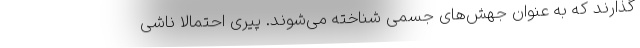
گذارند که به عنوان جهش‌های جسمی شناخته می‌شوند. پیری احتمالا ناشی